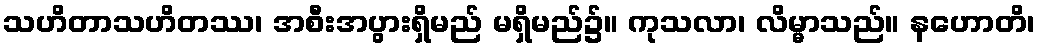
သဟိတာသဟိတဿ၊ အစီးအပွားရှိမည် မရှိမည်၌။ ကုသလာ၊ လိမ္မာသည်။ နဟောတိ၊